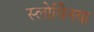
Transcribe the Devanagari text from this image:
स्लोवेिनया